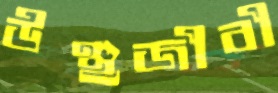
উঞ্ছজীবী